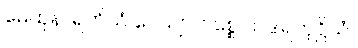
မေထုနာရတိယံ ဝေယျာ၊ ဝစ္စေ သဒါရတုဋ္ဌိယံ။